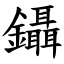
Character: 鑷